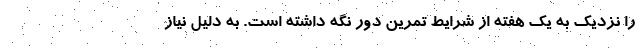
را نزدیک به یک هفته از شرایط تمرین دور نگه داشته است. به دلیل نیاز